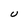
Character: U